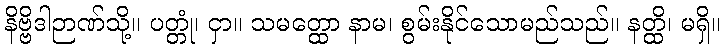
နိဗ္ဗိဒါဉာဏ်သို့။ ပတ္တုံ၊ ငှာ။ သမတ္ထော နာမ၊ စွမ်းနိုင်သောမည်သည်။ နတ္ထိ၊ မရှိ။